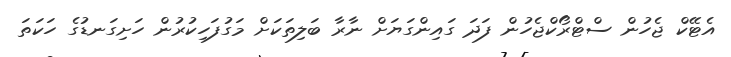
އެޓޭކް ޖެހުން ސްޓްރޯކްޖެހުން ފަދަ ގައިންގަޔަށް ނާރާ ބަލިތަކަށް މަގުފަހިކުރުން ހަށިގަނޑުގެ ހަކަތަ